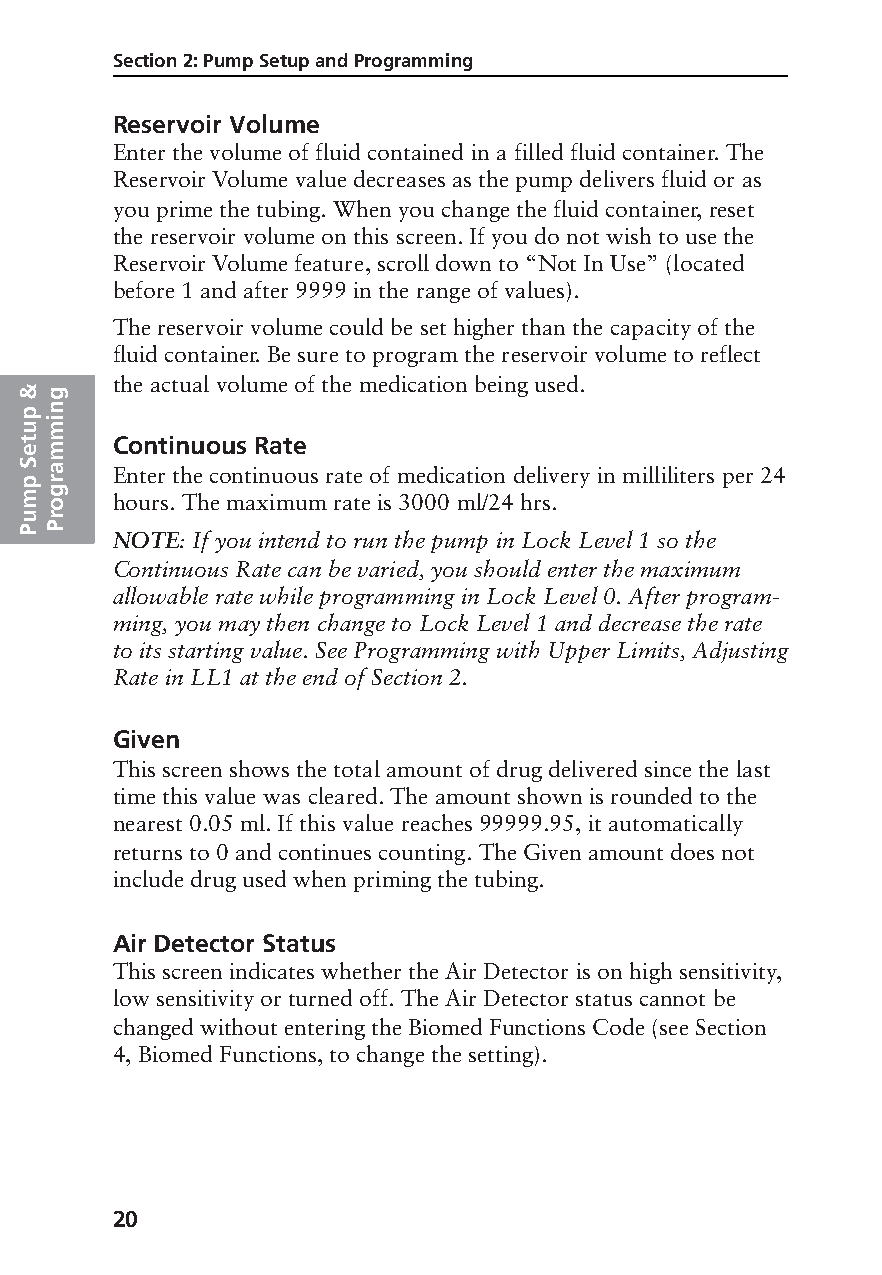
Section 2: Pump Setup and Programming
 Reservoir Volume
 Enter the volume of fluid contained in a filled fluid container. The
 Reservoir Volume value decreases as the pump delivers fluid or as
 you prime the tubing. When you change the fluid container, reset
 the reservoir volume on this screen. If you do not wish to use the
 Reservoir Volume feature, scroll down to “Not In Use” (located
 before 1 and after 9999 in the range of values).
 The reservoir volume could be set higher than the capacity of the
 fluid container. Be sure to program the reservoir volume to reflect
 the actual volume of the medication being used.
 &g
 p n
 umi
 t     Continuous Rate
 em
 p
 S ra  Enter the continuous rate of medication delivery in milliliters per 24
 m og  hours. The maximum rate is 3000 ml/24 hrs.
 ur
 PP
 NOTE: If you intend to run the pump in Lock Level 1 so the
 Continuous Rate can be varied, you should enter the maximum
 allowable rate while programming in Lock Level 0. After program-
 ming, you may then change to Lock Level 1 and decrease the rate
 to its starting value. See Programming with Upper Limits, Adjusting
 Rate in LL1 at the end of Section 2.
 Given
 This screen shows the total amount of drug delivered since the last
 time this value was cleared. The amount shown is rounded to the
 nearest 0.05 ml. If this value reaches 99999.95, it automatically
 returns to 0 and continues counting. The Given amount does not
 include drug used when priming the tubing.
 Air Detector Status
 This screen indicates whether the Air Detector is on high sensitivity,
 low sensitivity or turned off. The Air Detector status cannot be
 changed without entering the Biomed Functions Code (see Section
 4, Biomed Functions, to change the setting).
 20
 PROOF (LR #3086), 2000-03-16 «3935-51D Manual, Legacy 1»